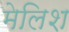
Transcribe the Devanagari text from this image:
मेलिश